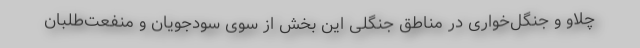
چلاو و جنگل‌خواری در مناطق جنگلی این بخش از سوی سودجویان و منفعت‌طلبان